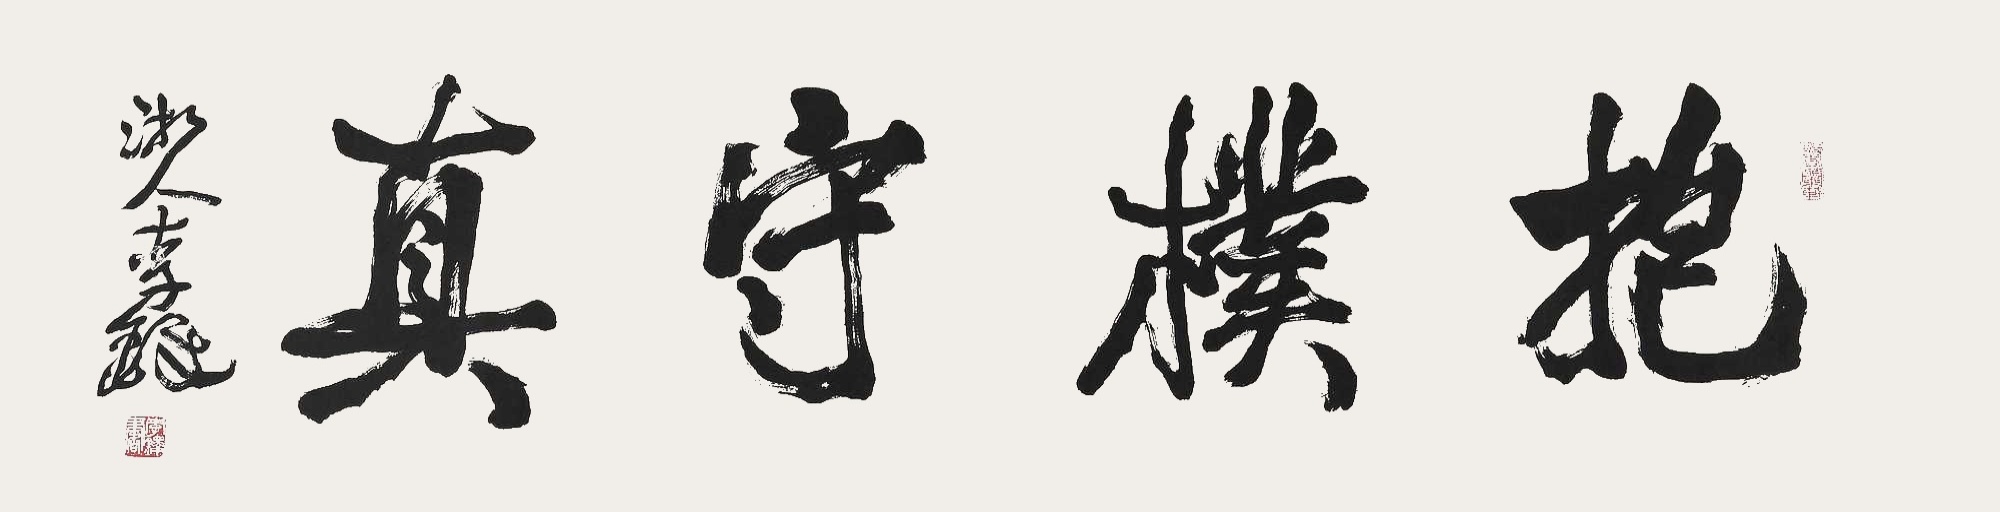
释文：抱朴守真。浙人李铎。